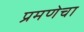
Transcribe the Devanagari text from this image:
प्रमणेचा